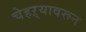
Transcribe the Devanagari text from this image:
चेहऱ्यावरून